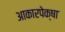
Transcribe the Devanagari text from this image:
आकारपेक्षा